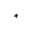
*